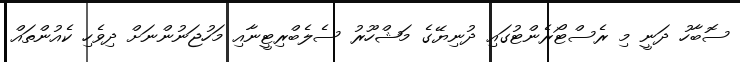
ސޮބާހު ދަނީ މި ރެސްޓޯރެންޓުގައި ދުނިޔޭގެ މަޝްހޫރު ސެލެބްރިޓީނާއި މަހުޖަނުންނަށް ދިވެހި ކެއުންތައް